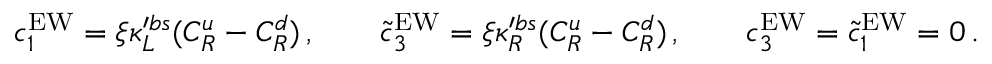
c _ { 1 } ^ { \mathrm { E W } } = \xi \kappa _ { L } ^ { \prime b s } ( C _ { R } ^ { u } - C _ { R } ^ { d } ) \, , \qquad \widetilde c _ { 3 } ^ { \mathrm { E W } } = \xi \kappa _ { R } ^ { \prime b s } ( C _ { R } ^ { u } - C _ { R } ^ { d } ) \, , \qquad c _ { 3 } ^ { \mathrm { E W } } = \widetilde c _ { 1 } ^ { \mathrm { E W } } = 0 \, .